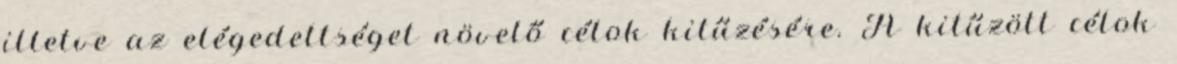
illetve az elégedettséget növelő célok kitűzésére. A kitűzött célok